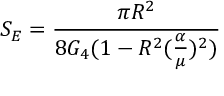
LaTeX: S _ { E } = \frac { \pi R ^ { 2 } } { 8 G _ { 4 } ( 1 - R ^ { 2 } ( \frac { \alpha } { \mu } ) ^ { 2 } ) }